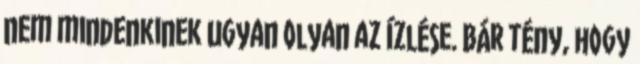
nem mindenkinek ugyan olyan az ízlése. Bár tény, hogy